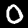
Label: 0